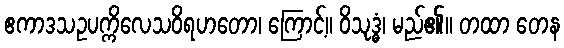
ဧကာဒသဥပက္ကိလေသဝိရဟတော၊ ကြောင့်။ ဝိသုဒ္ဓံ၊ မည်၏။ တထာ တေန